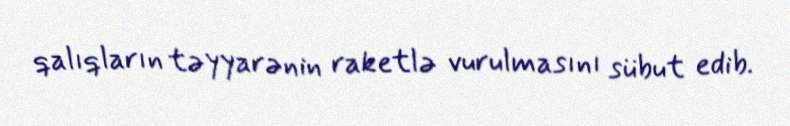
qalıqların təyyarənin raketlə vurulmasını sübut edib.